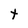
Character: t